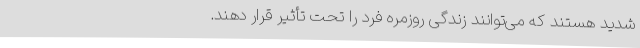
شدید هستند که می‌توانند زندگی روزمره فرد را تحت تأثیر قرار دهند.